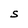
Character: S